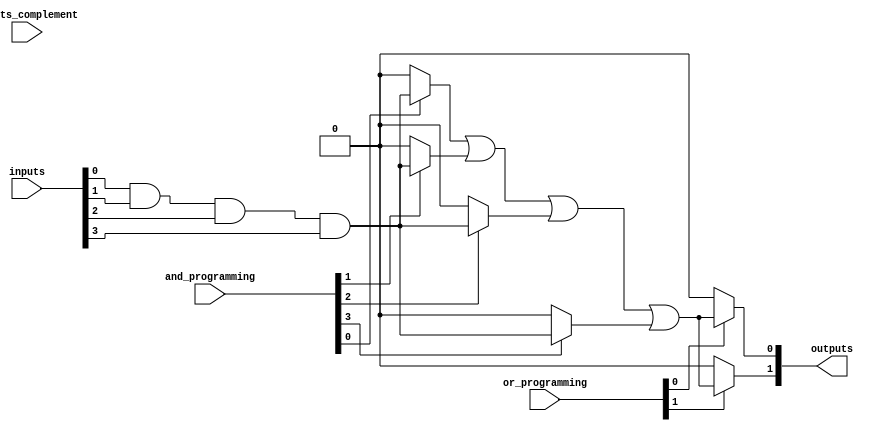
module fuse_based_PLA #(
    parameter NUM_INPUTS = 4,      // Number of inputs
    parameter NUM_AND_GATES = 4,    // Number of AND gates
    parameter NUM_OUTPUTS = 2       // Number of outputs
) (
    input wire [NUM_INPUTS-1:0] inputs,          // Input lines
    input wire [NUM_INPUTS-1:0] inputs_complement, // Complement of inputs
    input wire [NUM_AND_GATES-1:0] and_programming, // Fuse programming for AND gates
    input wire [NUM_OUTPUTS-1:0] or_programming,   // Fuse programming for OR gates
    output wire [NUM_OUTPUTS-1:0] outputs          // Output lines
);

// AND Plane
wire [NUM_AND_GATES-1:0] and_outputs;

// Generate AND gates based on programmed fuses
genvar i, j;
generate
    for (i = 0; i < NUM_AND_GATES; i = i + 1) begin : and_gate
        assign and_outputs[i] = (and_programming[i] == 1'b1) ? 
            (inputs[0] & inputs[1] & inputs[2] & inputs[3]) : 1'b0; // Example for a single AND gate
    end
endgenerate

// OR Plane
generate
    for (j = 0; j < NUM_OUTPUTS; j = j + 1) begin : or_gate
        assign outputs[j] = (or_programming[j] == 1'b1) ? 
            (and_outputs[0] | and_outputs[1] | and_outputs[2] | and_outputs[3]) : 1'b0; // Example for a single OR gate
    end
endgenerate

endmodule